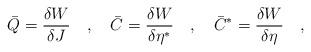
LaTeX: \begin{align*}\bar Q = \frac{\delta W}{\delta J} \quad ,\quad\bar C = \frac{\delta W}{\delta \eta^\ast} \quad ,\quad\bar C^\ast = \frac{\delta W}{\delta \eta} \quad ,\end{align*}